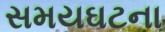
સમયઘટના